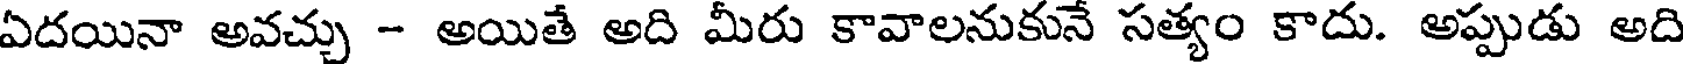
ఏదయినా అవచ్చు - అయితే అది మీరు కావాలనుకునే సత్యం కాదు. అప్పుడు అది